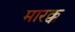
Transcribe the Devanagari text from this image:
मारक्क